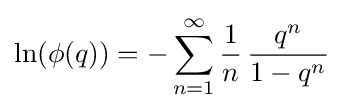
\ln(\phi (q))=-\sum _{n=1}^{\infty }{\frac {1}{n}}\,{\frac {q^{n}}{1-q^{n}}}